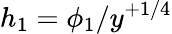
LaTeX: h_{1}=\phi_{1}/y^{+1/4}